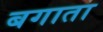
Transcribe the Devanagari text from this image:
बगाता